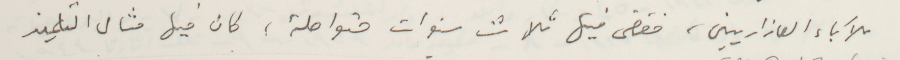
للآباء العازاريين، فقضى فيها ثلاث سنوات متواصلة، كان فيها مثال التلميذ